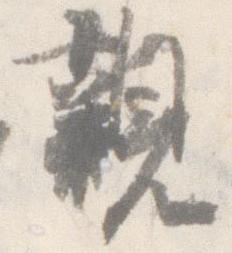
親